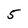
Character: 5